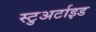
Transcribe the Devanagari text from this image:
स्टुअर्टाइड